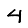
Digit: 4